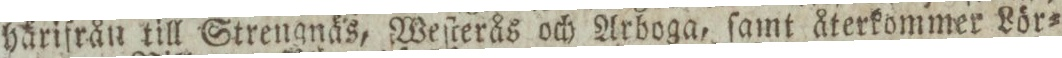
härifrån till Strengnäs, Weſterås och Arboga, ſamt återkommer Lör=